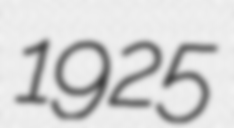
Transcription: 1925